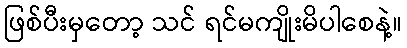
ဖြစ်ပီးမှတော့ သင် ရင်မကျိုးမိပါစေနဲ့။